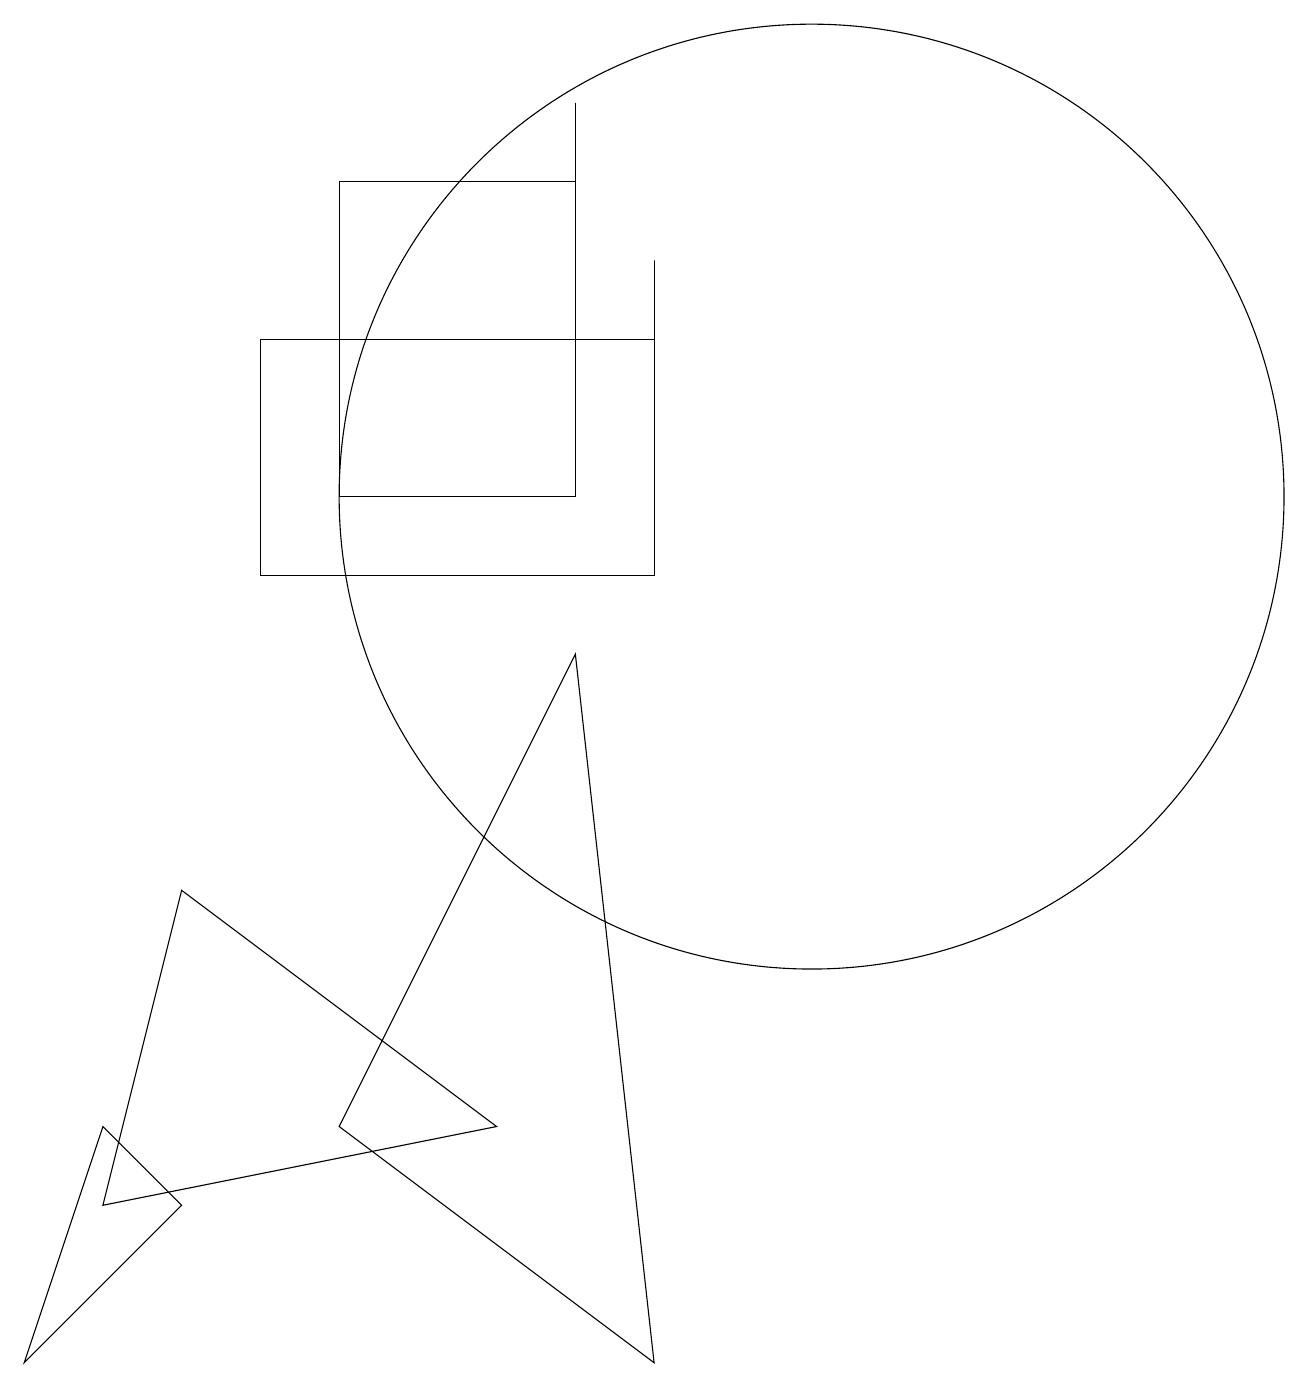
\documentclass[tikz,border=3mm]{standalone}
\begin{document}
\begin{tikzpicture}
\draw (1,2) -- (6,3) -- (2,6) -- cycle;
\draw (8,10) rectangle (8,14);
\draw (8,0) -- (4,3) -- (7,9) -- cycle;
\draw (1,3) -- (2,2) -- (0,0) -- cycle;
\draw (10,11) circle (6);
\draw (7,12) rectangle (7,16);
\draw (8,10) rectangle (3,13);
\draw (7,15) rectangle (4,11);
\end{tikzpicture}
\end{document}